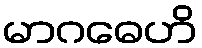
မာဂဓေဟိ